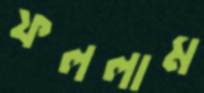
ফললাম